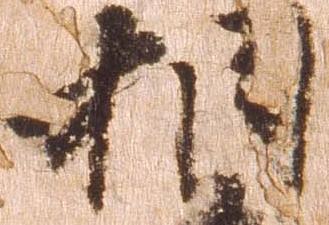
相